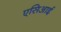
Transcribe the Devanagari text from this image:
एसिआई